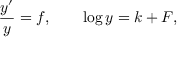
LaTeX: { \frac { y ^ { \prime } } { y } } = f , \qquad \log y = k + F ,